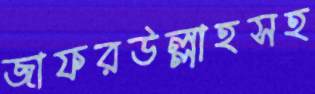
জাফরউল্লাহসহ